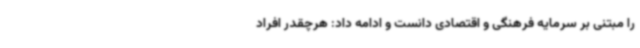
را مبتنی بر سرمایه فرهنگی و اقتصادی دانست و ادامه داد: هرچقدر افراد